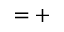
= +